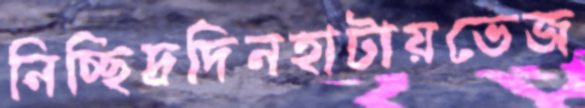
নিচ্ছিদ্রদিনহাটায়ভেজ